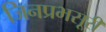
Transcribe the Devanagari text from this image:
जिनप्रभसूरी